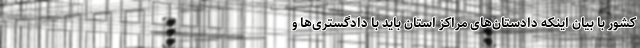
کشور با بیان اینکه دادستان‌های مراکز استان باید با دادگستری‌ها و